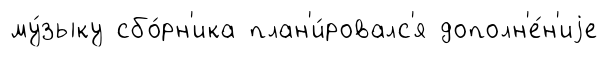
му́зыку сбо́рн'ика план'и́ровалс'я дополн'е́н'иjе